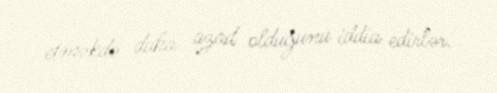
etməkdə daha azad olduğunu iddia edirlər.